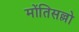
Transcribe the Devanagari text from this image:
मोंतिसल्लो